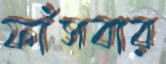
ফাঁসবার